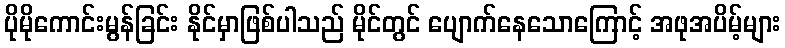
ပိုမိုကောင်းမွန်ခြင်း နိုင်မှာဖြစ်ပါသည် မိုင်တွင် ပျောက်နေသောကြောင့် အဖုအပိမ့်များ